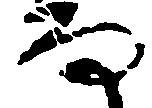
な